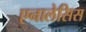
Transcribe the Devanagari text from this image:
एनालेसिस